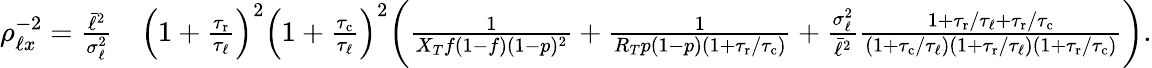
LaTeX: \begin{array}{rl}{\rho_{\ell x}^{-2}=\frac{\bar{\ell}^{2}}{\sigma_{\ell}^{2}}}&{{}\left(1+\frac{{\tau_{\mathrm{r}}}}{\tau_{\ell}}\right)^{2}\left(1+\frac{{\tau_{\mathrm{c}}}}{\tau_{\ell}}\right)^{2}\bigg(\frac{1}{X_{T}f(1-f)(1-p)^{2}}+\frac{1}{R_{T}p(1-p)(1+{\tau_{\mathrm{r}}}/{\tau_{\mathrm{c}}})}+\frac{\sigma_{\ell}^{2}}{\bar{\ell}^{2}}\frac{1+{\tau_{\mathrm{r}}}/\tau_{\ell}+{\tau_{\mathrm{r}}}/{\tau_{\mathrm{c}}}}{(1+{\tau_{\mathrm{c}}}/\tau_{\ell})(1+{\tau_{\mathrm{r}}}/\tau_{\ell})(1+{\tau_{\mathrm{r}}}/{\tau_{\mathrm{c}}})}\bigg).}\end{array}